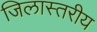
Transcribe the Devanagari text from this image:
जिलास्तरीय